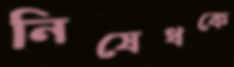
নিষেধকে